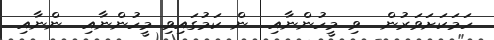
ހަމަކަށަވަރުން  ވި މީހުންނާއި  ން ކަމުގައިވި މީހުންނާއި  ންނާއި